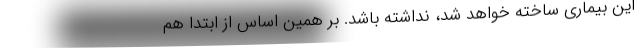
این بیماری ساخته خواهد شد، نداشته باشد. بر همین اساس از ابتدا هم